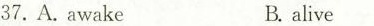
37.A.awakeB. alive